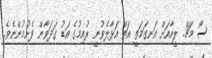
ސޯ މަޗް. ލީއާއަށް އަނގަމަތީ އަތް އަޅާލެވުނީ ރުއިމުގެ އަޑު ގަދަވާން ފެށުމުންނެވެ.